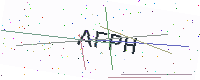
Text: AFPH